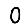
Digit: 0